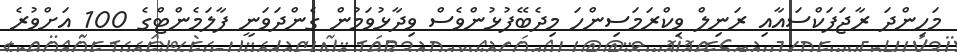
މަހިންދަ ރާޖަޕަކްސައާއި ރަނިލް ވިކްރަމަސިންހަ މިދެބޭފުޅުންވެސް ވިދާޅުވަމުން ގެންދަވަނީ ޕާލަމެންޓްގެ 100 އަށްވުރެ